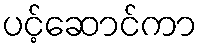
ပင့်ဆောင်ကာ